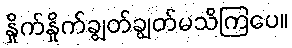
နှိုက်နှိုက်ချွတ်ချွတ်မသိကြပေ။